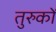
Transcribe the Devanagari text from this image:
तुरुकों